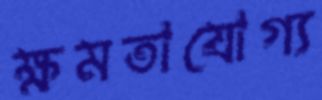
ক্ষমতাযোগ্য